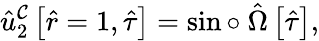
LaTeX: \hat{u}_{2}^{\mathcal{C}}\left[\hat{r}=1,\hat{\tau}\right]=\sin\circ~\hat{\Omega}\left[\hat{\tau}\right],